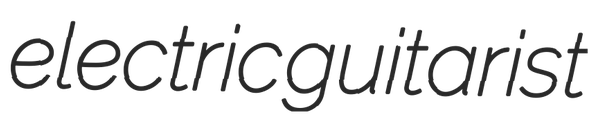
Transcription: electric guitarist